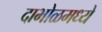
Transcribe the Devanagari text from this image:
दाभोळमध्ये